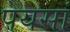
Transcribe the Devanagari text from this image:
पयसां